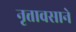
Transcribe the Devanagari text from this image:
नृत्तावसाने